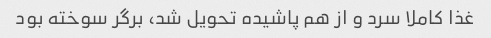
غذا کاملا سرد و از هم پاشیده تحویل شد، برگر سوخته بود